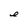
Character: e